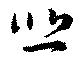
悲